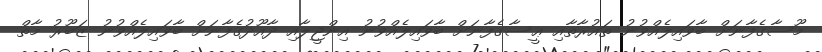
މޫސާގެފާނަށް ބާވައިލެއްވުނު ތައުރާތާއި ޢީސާގެފާނަށް ބާވައިލެއްވުނު އިންޖީލާއި ދާއޫދުގެފާނަށް ބާވައިލެއްވުނު ޒަބޫރު މާތް